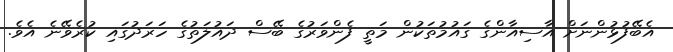
އެބޭފުޅުންނަށް އާސިއާންގެ ގައުމުތަކުން މަތީ ފެންވަރުގެ ބޭސް ދައުލަތުގެ ހަރަދުގައި ކުރެވޭނެ އެވެ.